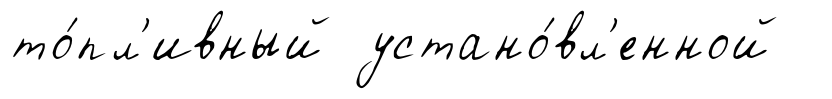
то́пл'ивный устано́вл'енной